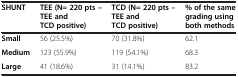
<table><thead><tr><td><b>SHUNT</b></td><td><b>TEE (N= 220 pts – TEE and TCD positive)</b></td><td><b>TCD (N= 220 pts – TEE and TCD positive)</b></td><td><b>% of the same grading using both methods</b></td></tr></thead><tbody><tr><td><b>Small</b></td><td>56 (25.5%)</td><td>70 (31.8%)</td><td>62.1</td></tr><tr><td><b>Medium</b></td><td>123 (55.9%)</td><td>119 (54.1%)</td><td>68.3</td></tr><tr><td><b>Large</b></td><td>41 (18.6%)</td><td>31 (14.1%)</td><td>83.2</td></tr></tbody></table>